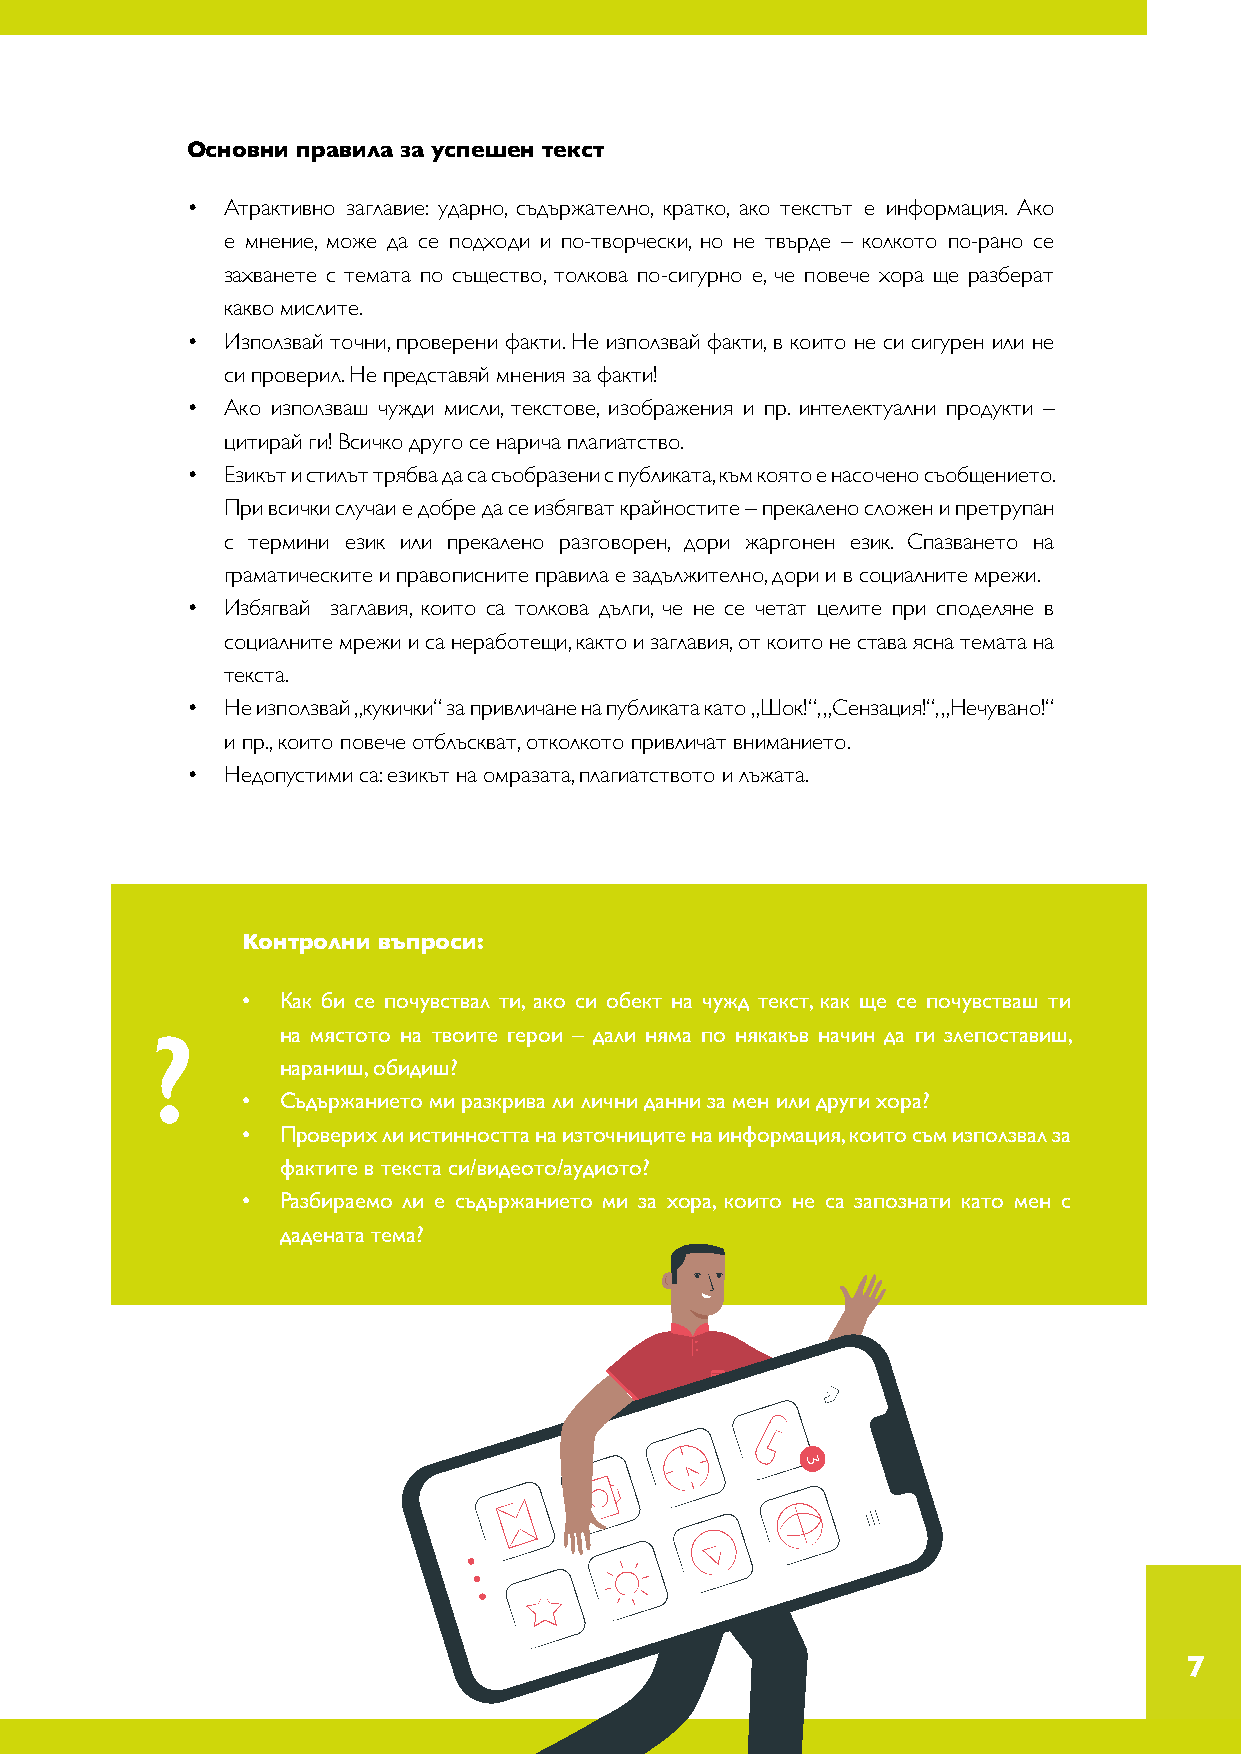
Основни правила за успешен текст
 •  Атрактивно заглавие: ударно, съдържателно, кратко, ако текстът е информация. Ако
 е мнение, може да се подходи и по-творчески, но не твърде – колкото по-рано се
 захванете с темата по същество, толкова по-сигурно е, че повече хора ще разберат
 какво мислите.
 •  Използвай точни, проверени факти. Не използвай факти, в които не си сигурен или не
 си проверил. Не представяй мнения за факти!
 •  Ако използваш чужди мисли, текстове, изображения и пр. интелектуални продукти –
 цитирай ги! Всичко друго се нарича плагиатство.
 •  Езикът и стилът трябва да са съобразени с публиката, към която е насочено съобщението.
 При всички случаи е добре да се избягват крайностите – прекалено сложен и претрупан
 с термини език или прекалено разговорен, дори жаргонен език. Спазването на
 граматическите и правописните правила е задължително, дори и в социалните мрежи.
 •  Избягвай заглавия, които са толкова дълги, че не се четат целите при споделяне в
 социалните мрежи и са неработещи, както и заглавия, от които не става ясна темата на
 текста.
 •  Не използвай „кукички“ за привличане на публиката като „Шок!“, „Сензация!“, „Нечувано!“
 и пр., които повече отблъскват, отколкото привличат вниманието.
 •  Недопустими са: езикът на омразата, плагиатството и лъжата.
 Контролни въпроси:
 •  Как би се почувствал ти, ако си обект на чужд текст, как ще се почувстваш ти
 ?        на мястото на твоите герои – дали няма по някакъв начин да ги злепоставиш,
 нараниш, обидиш?
 •  Съдържанието ми разкрива ли лични данни за мен или други хора?
 •  Проверих ли истинността на източниците на информация, които съм използвал за
 фактите в текста си/видеото/аудиото?
 •  Разбираемо ли е съдържанието ми за хора, които не са запознати като мен с
 дадената тема?
 7